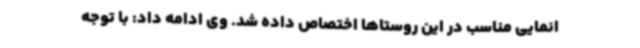
انمایی مناسب در این روستاها اختصاص داده شد. وی ادامه داد: با توجه